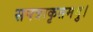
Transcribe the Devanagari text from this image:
सपत्राकृतममु।